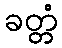
ခတ္တံ